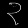
Digit: ၃